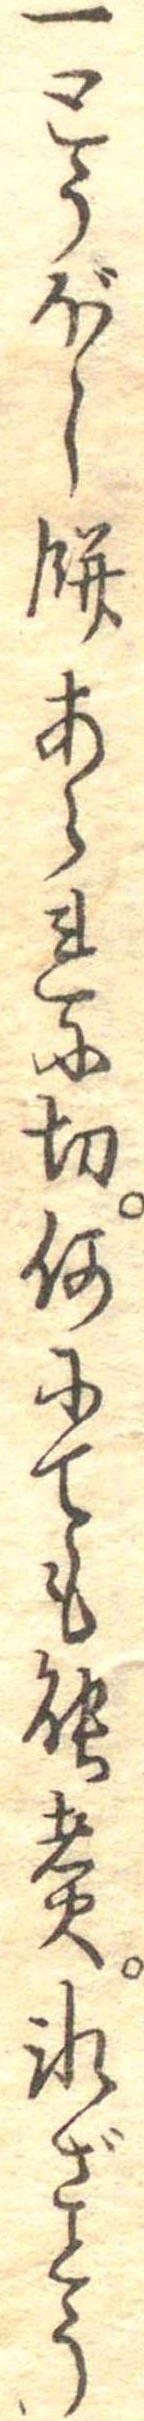
一とうぼし餅あられに切何にても能煮氷ざとう